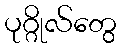
ပုဂ္ဂိုလ်တွေ